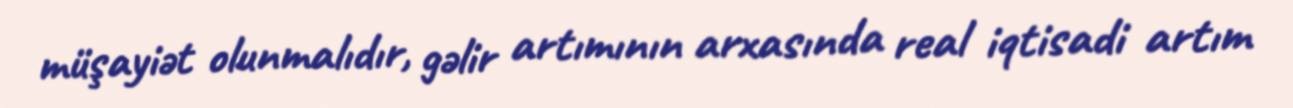
müşayiət olunmalıdır, gəlir artımının arxasında real iqtisadi artım